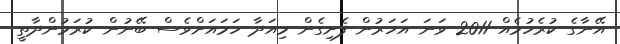
އޭނާގެ ކުރެހުމެއް 2011 ވަނަ އަހަރުން ފެށިގެން މިއަދާ ހަމައަށްވެސް ބޭނުން ކުރަމުންދާތީ